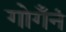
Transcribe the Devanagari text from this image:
गोगँनं